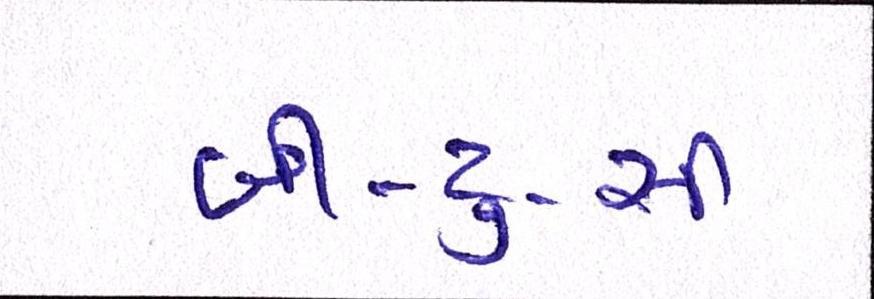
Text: બી-ટુ-સી